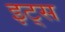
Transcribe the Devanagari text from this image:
इट्‍स